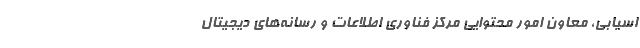
اسیابی، معاون امور محتوایی مرکز فناوری اطلاعات و رسانه‌های دیجیتال